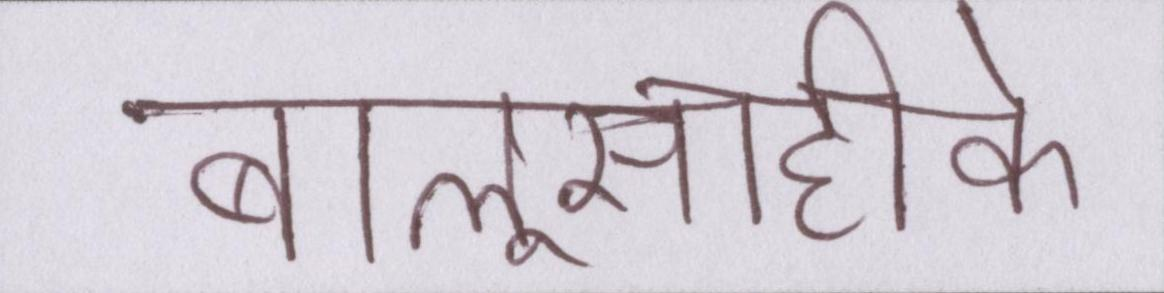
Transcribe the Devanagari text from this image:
बालूसाहीके